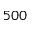
5 0 0